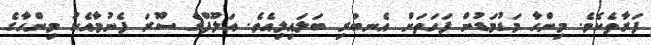
ފަރާތެކެވެ. މިންހާ މަޑުމަޑުން ފަހަތަށް އެނބުރި ބަލައިލިއެވެ. އަލޫފްގެ ސޫރަ ފެނުމާއެކު މިންހާގެ